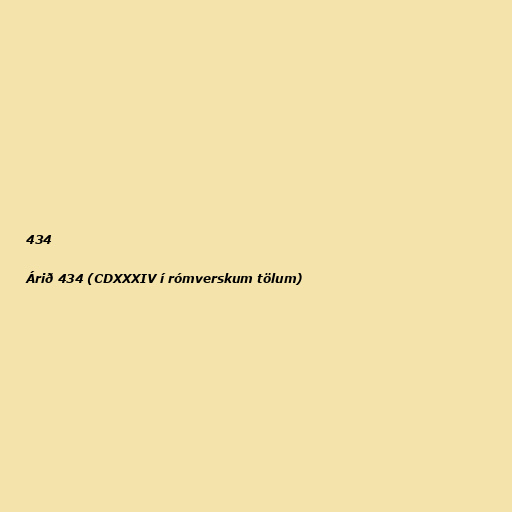
434

Árið 434 (CDXXXIV í rómverskum tölum)